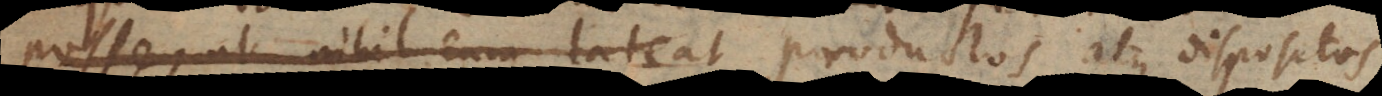
ut nihil eum lateat productos atque dispositos